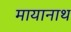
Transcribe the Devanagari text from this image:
मायानाथ